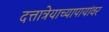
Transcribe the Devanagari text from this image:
दत्तात्रेयाच्यापायांवर